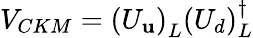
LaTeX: V_{CKM}=(U_{\mathbf{u}})_{L}^{\phantom{\dagger}}(U_{d})_{L}^{\dagger}